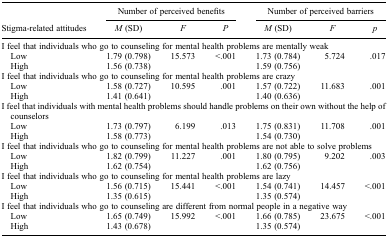
| <ROWSPAN=2> Stigma-related attitudes | <COLSPAN=3> Number of perceived benefits | <COLSPAN=3> Number of perceived barriers |
 | M (SD) | F | P | M (SD) | F | p |
 | --- | --- | --- | --- | --- | --- | --- |
 | <COLSPAN=7> I feel that individuals who go to counseling for mental health problems are mentally weak |
 | Low | 1.79 (0.798) | <ROWSPAN=2> 15.573 | <ROWSPAN=2> <.001 | 1.73 (0.784) | <ROWSPAN=2> 5.724 | <ROWSPAN=2> .017 |
 | High | 1.56 (0.738) | 1.59 (0.756) |
 | <COLSPAN=7> I feel that individuals who go to counseling for mental health problems are crazy |
 | Low | 1.58 (0.727) | <ROWSPAN=2> 10.595 | <ROWSPAN=2> .001 | 1.57 (0.722) | <ROWSPAN=2> 11.683 | <ROWSPAN=2> .001 |
 | High | 1.41 (0.641) | 1.40 (0.636) |
 | <COLSPAN=7> I feel that individuals with mental health problems should handle problems on their own without the help of counselors |
 | Low | 1.73 (0.797) | <ROWSPAN=2> 6.199 | <ROWSPAN=2> .013 | 1.75 (0.831) | <ROWSPAN=2> 11.708 | <ROWSPAN=2> .001 |
 | High | 1.58 (0.773) | 1.54 (0.730) |
 | <COLSPAN=7> I feel that individuals who go to counseling for mental health problems are not able to solve problems |
 | Low | 1.82 (0.799) | <ROWSPAN=2> 11.227 | <ROWSPAN=2> .001 | 1.80 (0.795) | <ROWSPAN=2> 9.202 | <ROWSPAN=2> .003 |
 | High | 1.62 (0.754) | 1.62 (0.756) |
 | <COLSPAN=7> I feel that individuals who go to counseling for mental health problems are lazy |
 | Low | 1.56 (0.715) | <ROWSPAN=2> 15.441 | <ROWSPAN=2> <.001 | 1.54 (0.741) | <ROWSPAN=2> 14.457 | <ROWSPAN=2> <.001 |
 | High | 1.35 (0.615) | 1.35 (0.574) |
 | <COLSPAN=7> I feel that individuals who go to counseling are different from normal people in a negative way |
 | Low | 1.65 (0.749) | <ROWSPAN=2> 15.992 | <ROWSPAN=2> <.001 | 1.66 (0.785) | <ROWSPAN=2> 23.675 | <ROWSPAN=2> <.001 |
 | High | 1.43 (0.678) | 1.35 (0.574) |